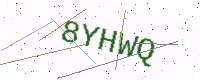
Text: 8YHWQ